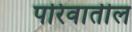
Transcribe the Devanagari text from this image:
परिवातील